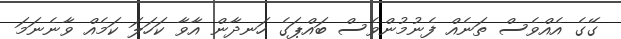
ގޭގެ އެއްވެސް ތަނެއް ފެނުމުންވެސް ބައްޕަގެ ހަނދާން އާވާ ކަހަލަ ކަމެއް ވާނެނަމަ